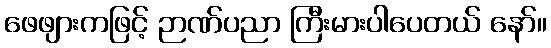
ဖေဖျားကဖြင့် ဉာဏ်ပညာ ကြီးမားပါပေတယ် နော်။